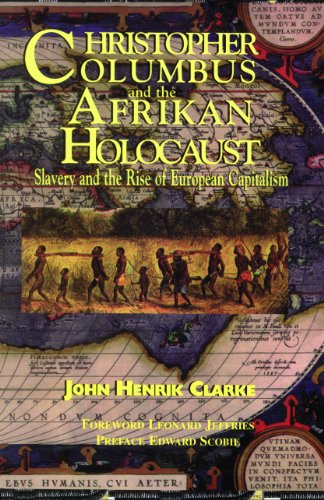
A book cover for Christopher Columbus and the Afrikan Holocaust: Slavery and the Rise of European Capitalism; John Henrik Clarke; Business & Money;